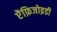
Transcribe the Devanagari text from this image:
ऐंफ़िजोइडी